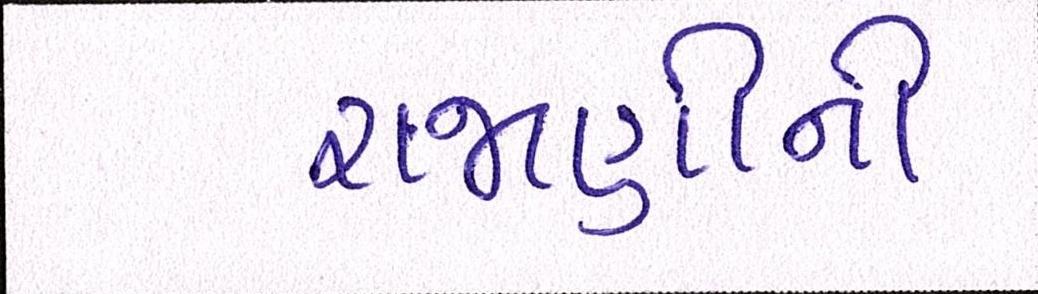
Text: રાજાણીની